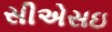
સીએસઇ